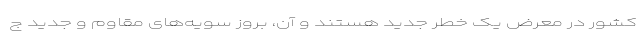
کشور در معرض یک خطر جدید هستند و آن، بروز سویه‌های مقاوم و جدید ج